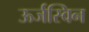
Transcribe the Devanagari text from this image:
ऊर्जस्विन